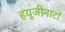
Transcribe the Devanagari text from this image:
हयूजीनाटों